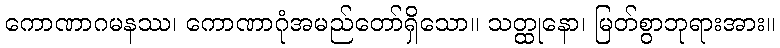
ကောဏာဂမနဿ၊ ကောဏာဂုံအမည်တော်ရှိသော။ သတ္ထုနော၊ မြတ်စွာဘုရားအား။